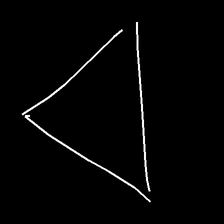
Glyph: convergence